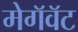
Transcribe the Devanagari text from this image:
मेगॅवॅट